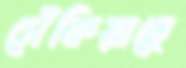
সেঁকিয়াছে